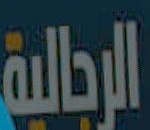
الرجالية